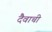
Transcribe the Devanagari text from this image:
दैवाची